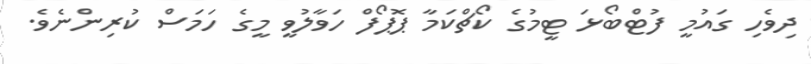
ދިވެހި ގައުމީ ފުޓްބޯޅަ ޓީމުގެ ކޯޗްކަމާ ޕޮޕޯފް ހަވާލުވީ މީގެ ހަމަސް ކުރިންނެވެ.